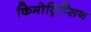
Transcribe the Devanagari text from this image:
किमोट्रिप्सिन